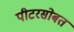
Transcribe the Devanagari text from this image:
पीटरसोबत